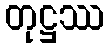
တုဋ္ဌဿ